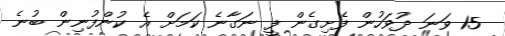
15 ވަނަ ދުވަހުން ފެށިގެން ފީ ނަގާނެ ކަމަށް އެ ކުންފުނިން ބުނެ